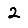
Digit: 2